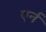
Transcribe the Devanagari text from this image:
एर्न